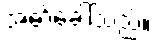
အော်ခေါ်သည်။